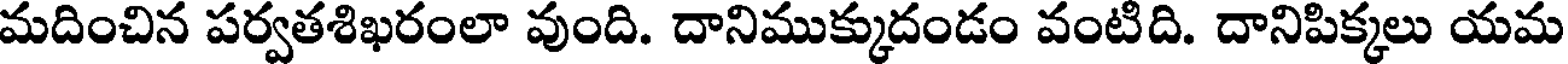
మదించిన పర్వతశిఖరంలా వుంది. దానిముక్కుదండం వంటిది. దానిపిక్కలు యమ